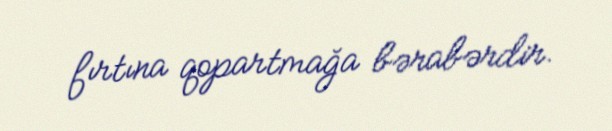
fırtına qopartmağa bərabərdir.